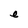
Character: e